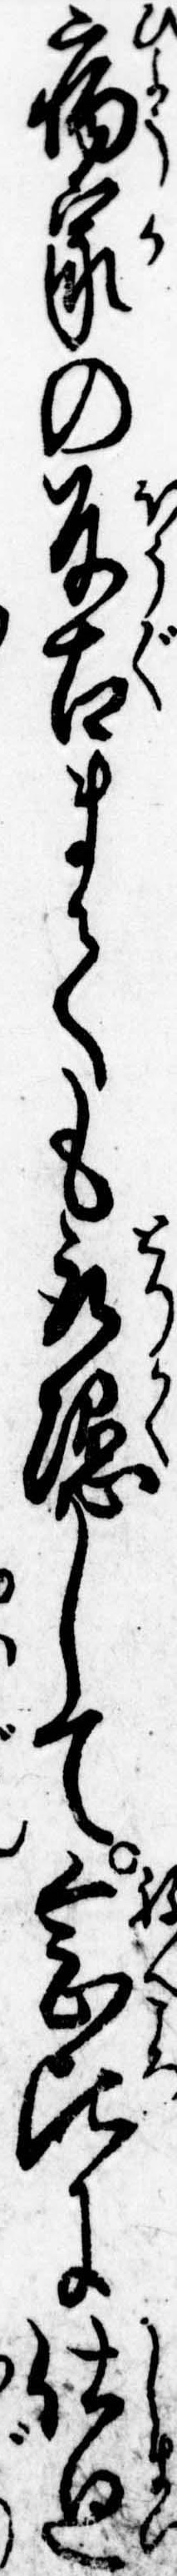
病家の反古まても取隠して念比に仕廻